Annual vaccination report of Bihar and Orissa - 1911-1928
Year: 1911
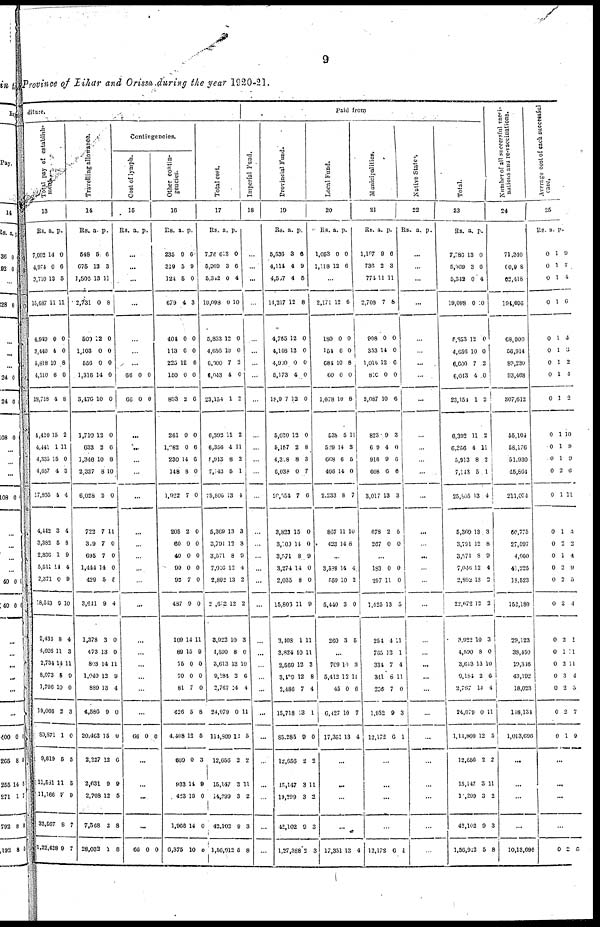
9
Province of Bihar and Orissa during the year 1920-21.
diture.
Total pay of establish¬
ment.
13
Rs.
7,002
4,974
3,710
15,687
4,949
3,440
5,818
4,510
18,718
4,420
4,441
4,335
4,657
17,856
4,442
3,382
2,836
5,511
2,371
18,543
2,434
4,026
2,734
8,073
1,796
19,066
80,871
9,819
11,581
11,166
32,567
1,22,438
a.
14
0
13
11
0
4
10
6
4
15
1
15
4
4
3
5
1
14
0
9
8
11
14
5
10
2
1
5
11
7
8
9
p.
0
6
5
11
0
0
8
0
8
2
11
0
3
4
4
8
9
4
9
10
4
3
11
9
0
3
0
5
5
9
7
7
Travelling allowance.
14
Rs.
548
675
1,506
2,731
500
1,103
556
1,316
3,476
1,710
633
1,346
2,337
6,028
722
319
695
1,444
429
3,641
1,378
473
803
1,040
889
4,586
20,463
2,227
2,631
2,708
7,568
28,032
a.
5
13
13
0
12
0
0
14
10
12
2
10
8
2
7
7
7
14
5
9
3
13
14
12
13
9
15
12
9
12
2
1
p.
6
3
11
8
0
0
0
0
0
0
6
8
10
0
11
0
0
0
5
4
0
0
11
9
4
0
0
6
9
5
8
8
Contingencies.
Cost of lymph.
15
Rs. a. p.
...
...
...
...
...
...
...
66
66
0
0
0
0
...
...
...
...
...
...
...
...
...
...
...
...
...
...
...
...
...
66 0 0
...
...
...
...
66 0 0
Other contin-
gencies.
16
Rs.
235
319
124
679
404
113
225
150
893
261
1,282
230
148
1,022
205
60
40
90
92
487
109
89
75
70
81
426
4,408
609
933
423
1,966
6,375
a.
9
5
5
4
0
6
12
0
2
0
0
14
8
7
2
0
0
0
7
9
14
15
0
0
7
5
12
0
14
15
14
10
p.
6
9
0
3
0
0
6
0
6
0
6
6
0
0
0
0
0
0
0
0
11
9
0
0
0
8
5
3
9
0
0
5
Total cost.
17
Rs.
7,786
5,969
5,342
19,098
5,853
4,656
6,600
6,043
23,154
6,392
6,356
5,913
7,143
25,805
5,369
3,791
3,571
7,046
2,892
2 ,672
3,922
4,590
3,613
9,184
2,767
24,079
114,809
12,656
15,147
14,299
42,102
1,56,912
a.
13
3
0
0
12
10
7
4
1
11
4
8
5
13
13
12
8
12
13
12
10
8
13
2
14
0
12
2
3
3
9
5
p.
0
6
4
10
0
0
2
0
2
2
11
2
1
1
3
8
9
4
2
2
3
0
10
6
4
11
5
2
11
2
3
8
Paid from
Imperial Fund.
18
...
...
...
...
...
...
...
...
...
...
...
...
...
...
...
...
...
...
...
...
...
...
...
...
...
...
...
...
...
...
...
...
Provincial Fund.
19
Rs.
5,536
4,114
4,567
14,217
4,765
4,148
4,900
5,173
18,907
5,030
5,157
4,328
6,038
20,554
3,823
3,100
3,571
3,274
2,035
15,803
3,408
3,824
2,569
3,409
2,486
15,718
85,285
12,656
15,147
14,299
42,102
1,27,388
a.
3
4
4
12
12
12
0
4
12
12
2
8
0
7
15
14
8
14
8
11
1
10
12
12
7
13
0
2
3
3
9
2
p.
6
9
5
8
0
0
0
0
0
0
8
3
7
6
0
0
9
0
0
9
11
11
3
8
4
1
0
2
11
2
3
3
Local Fund.
20
Rs.
1,053
1,118
a.
0
12
p.
0
6
...
2,171
180
154
684
60
1,078
538
529
668
496
2,233
867
423
12
0
0
10
0
10
5
14
6
14
8
11
14
6
0
0
8
0
8
11
3
5
0
7
10
8
...
3,588
559
5,440
260
14
10
3
3
4
2
0
5
...
709
5,412
45
6,427
17,351
10
12
0
10
13
3
11
0
7
4
...
...
...
17,351 13 4
Municipalities.
21
Rs.
1,197
736
774
2,708
908
353
1,015
810
8,087
823
609
916
608
3,017
678
267
a.
9
2
11
7
0
14
12
0
10
9
4
9
6
13
2
0
p.
6
3
11
8
0
0
6
0
6
3
0
6
6
3
5
0
...
183
297
1,425
254
765
334
341
236
1,932
12,172
0
11
13
4
13
7
8
7
9
6
0
0
5
11
1
4
11
0
3
1
...
...
...
...
12,172 6 1
Native State.
22
Rs. a. p.
...
...
...
...
...
...
...
...
...
...
...
...
...
...
...
...
...
...
...
...
...
...
...
...
...
...
...
...
...
...
...
...
Total.
23
Rs.
7,786
5,969
5,342
19,098
5,853
4,656
6,600
6,043
23,151
6,392
6,356
5,913
7,143
25,805
5,369
3,791
3,571
7,046
2,892
22,672
3,922
4,590
3,613
9,184
2,767
24,079
1,14,809
12,656
15,147
10,290
42,102
1,56,912
a.
13
3
0
0
12
10
7
4
1
11
4
8
5
13
13
12
8
12
13
12
10
8
13
2
14
0
12
2
3
3
9
5
p.
0
6
4
10
0
0
2
0
2
2
11
2
1
4
3
8
9
4
2
2
3
0
10
6
4
11
5
2
11
2
3
8
Number of all successful vaci-
-ations ana re-vaccinations.
24
71,340
60,908
62,418
194,696
68,000
56,914
89,230
93,468
307,612
55,104
58,176
51,930
45,864
211,074
60,775
27,597
4,060
41,225
18,523
152,180
29,123
38,450
19,346
43,192
18,023
118,134
1,013,696
...
...
...
10,13,096
Average cost of each successful
case.
25
Rs.
0
0
0
0
0
0
0
0
0
0
0
0
0
0
0
0
0
0
0
0
0
0
0
0
0
0
0
a.
1
1
1
1
1
1
1
1
1
1
1
1
2
1
1
2
1
2
2
2
2
1
2
3
2
2
1
p.
9
7
4
6
4
3
2
4
2
10
9
9
6
11
4
2
4
9
5
4
1
11
11
4
5
7
9
...
...
...
...
0 2 5